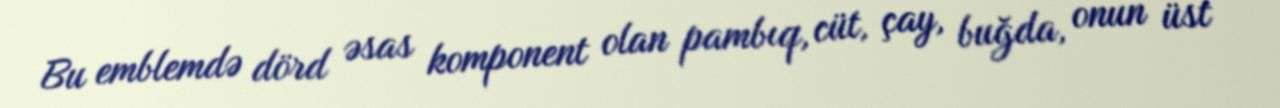
Bu emblemdə dörd əsas komponent olan pambıq, cüt, çay, buğda, onun üst